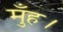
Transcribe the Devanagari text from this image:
मुँह।